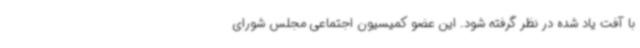
با آفت یاد شده در نظر گرفته شود. این عضو کمیسیون اجتماعی مجلس شورای